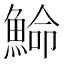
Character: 𩸍